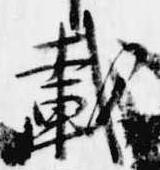
載